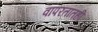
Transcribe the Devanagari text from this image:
वापरतातही